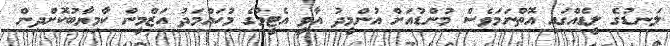
ލަނޑުގެ ލީޑެއްގައި އޮތްނަމަވެސް މުންޑުއަށް އުންމީދު އާވީ އެޓީމުގެ މުހައްމަދު އަޒްމީން ކާމިޔާބުކޮށްދިން